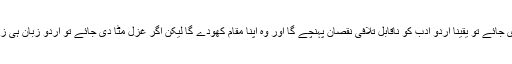
اگر اردو نظم مٹا دی جائے تو یقیناً اردو ادب کو ناقابلِ تلافی نقصان پہنچے گا اور وہ اپنا مقام کھودے گا لیکن اگر غزل مٹا دی جائے تو اردو زبان ہی زندہ نہ بچ سکے گی۔